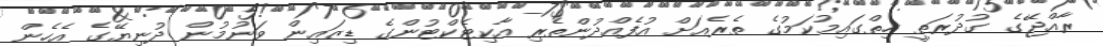
ރާއްޖޭގެ ގުދުރަތީ ހިތްގައިމުކަމުގެ ތެރެއަށް އުފެއްދުންތެރި އާކިޓެކްޓުންގެ ޑިޒައިން ވަނުމުން ދުނިޔޭގެ އެހެން